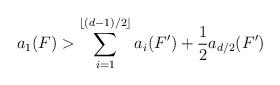
LaTeX: \begin{align*} a_1(F) > \sum_{i=1}^{\lfloor (d-1)/2 \rfloor} a_i(F')+ \frac{1}{2} a_{d/2}(F')\end{align*}